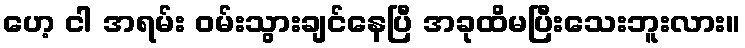
ဟေ့ ငါ အရမ်း ဝမ်းသွားချင်နေပြီ အခုထိမပြီးသေးဘူးလား။